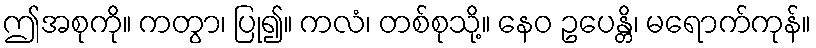
ဤအစုကို။ ကတွာ၊ ပြု၍။ ကလံ၊ တစ်စုသို့။ နေဝ ဥပေန္တိ၊ မရောက်ကုန်။